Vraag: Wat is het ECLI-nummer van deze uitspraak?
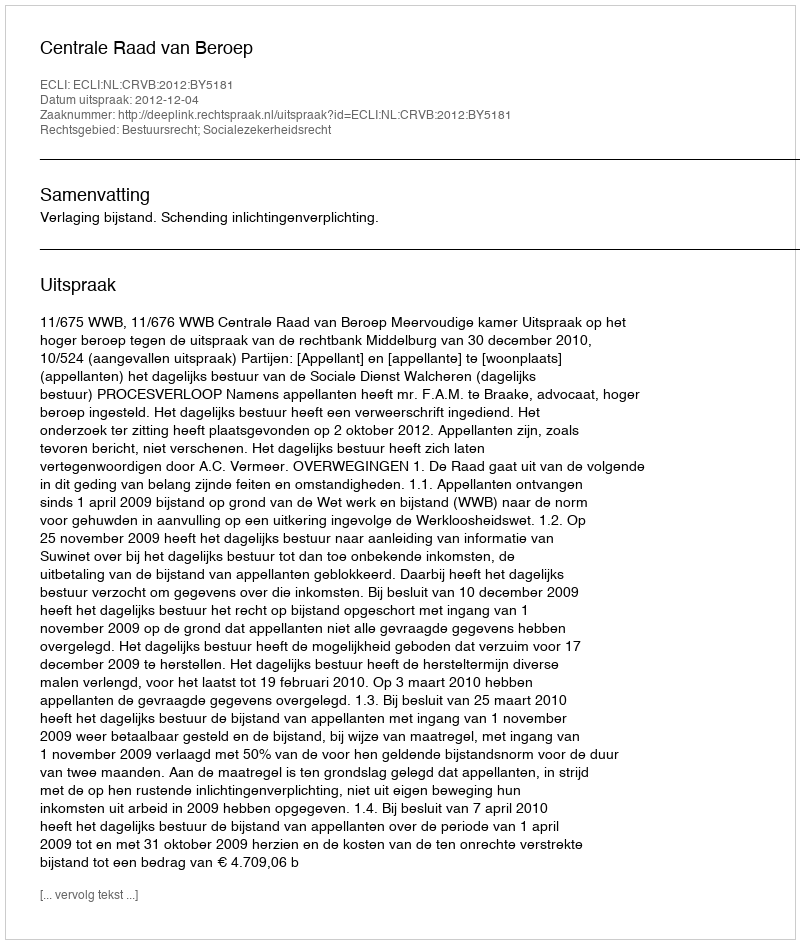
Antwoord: ECLI:NL:CRVB:2012:BY5181